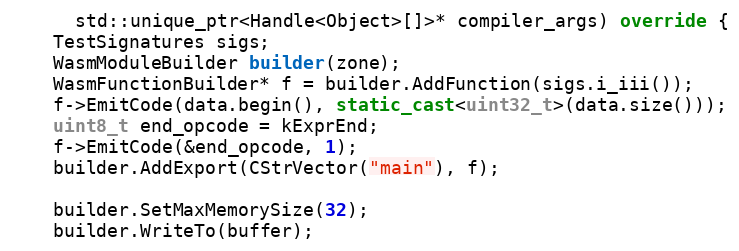
Language: C++
      std::unique_ptr<Handle<Object>[]>* compiler_args) override {
    TestSignatures sigs;
    WasmModuleBuilder builder(zone);
    WasmFunctionBuilder* f = builder.AddFunction(sigs.i_iii());
    f->EmitCode(data.begin(), static_cast<uint32_t>(data.size()));
    uint8_t end_opcode = kExprEnd;
    f->EmitCode(&end_opcode, 1);
    builder.AddExport(CStrVector("main"), f);

    builder.SetMaxMemorySize(32);
    builder.WriteTo(buffer);